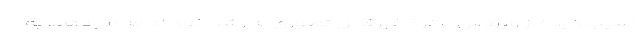
آسیب دیده از ویروس با نرخ غیرقابل تصوری به رشد خود ادامه می‌دهد. به